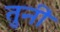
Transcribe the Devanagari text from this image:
तुनीं